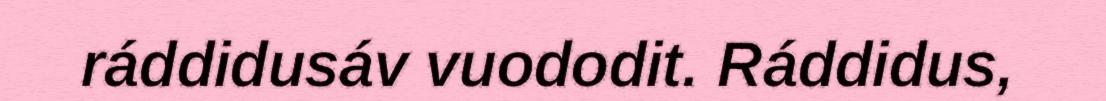
ráddidusáv vuododit. Ráddidus,